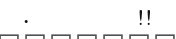
.       !!